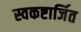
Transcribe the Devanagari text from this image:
स्वकष्टार्जित